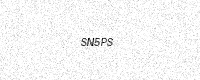
Text: SN5PS